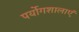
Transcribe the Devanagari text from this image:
पर्योगशालाएं